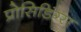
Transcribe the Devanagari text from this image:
प्रोसिडिंग्स